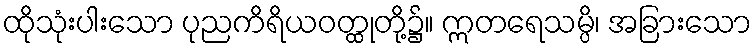
ထိုသုံးပါးသော ပုညကိရိယဝတ္ထုတို့၌။ ဣတရေသမ္ပိ၊ အခြားသော